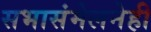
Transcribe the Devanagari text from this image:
सभासंमेलनेही